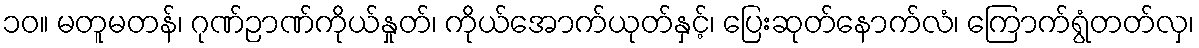
၁၀။ မတူမတန်၊ ဂုဏ်ဉာဏ်ကိုယ်နှုတ်၊ ကိုယ်အောက်ယုတ်နှင့်၊ ပြေးဆုတ်နောက်လံ၊ ကြောက်ရွံတတ်လှ၊